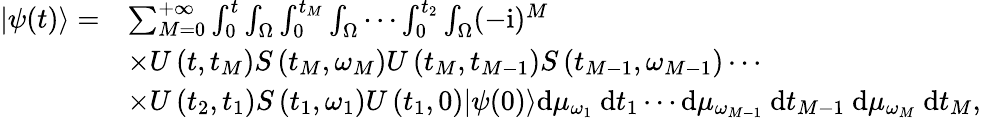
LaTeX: \begin{array}{rl}{|\psi(t)\rangle=}&{\sum_{M=0}^{+\infty}\int_{0}^{t}\int_{\Omega}\int_{0}^{t_{M}}\int_{\Omega}\cdots\int_{0}^{t_{2}}\int_{\Omega}(-\mathrm{i})^{M}}\\ &{\times U\left(t,t_{M}\right)S\left(t_{M},\omega_{M}\right)U\left(t_{M},t_{M-1}\right)S\left(t_{M-1},\omega_{M-1}\right)\cdots}\\ &{\times U\left(t_{2},t_{1}\right)S\left(t_{1},\omega_{1}\right)U\left(t_{1},0\right)|\psi(0)\rangle\mathrm{d}\mu_{\omega_{1}}\mathrm{~d}t_{1}\cdots\mathrm{d}\mu_{\omega_{M-1}}\mathrm{~d}t_{M-1}\mathrm{~d}\mu_{\omega_{M}}\mathrm{~d}t_{M},}\end{array}